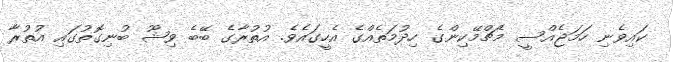
ކައިވެނި ހަމަޖެއްސީ މެޗްމޭކިންގެ ހިދުމަތެއްގެ އެހީގައެވެ. އުތުރާގެ ބޭބެ ވިޝޫ ބުނިގޮތުގައި އުތުރާ